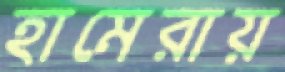
হামেরায়